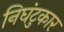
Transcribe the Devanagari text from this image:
निघंटुकार